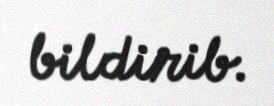
bildirib.